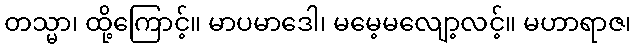
တသ္မာ၊ ထို့ကြောင့်။ မာပမာဒေါ၊ မမေ့မလျော့လင့်။ မဟာရာဇ၊